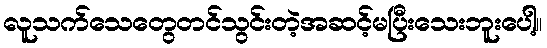
လူသက်သေတွေတင်သွင်းတဲ့အဆင့်မပြီးသေးဘူးပေါ့။